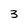
Character: 3